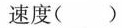
速度()